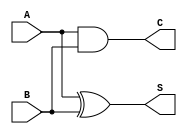
module dataflow (
    input   A,
    input   B,
    output  S,
    output  C
);
assign S = A ^ B;
assign C = A & B;
    
endmodule